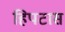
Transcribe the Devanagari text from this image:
हिपटास